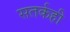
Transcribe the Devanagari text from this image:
सतर्कही